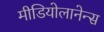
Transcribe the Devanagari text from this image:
मीडियोलानेन्स